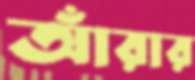
আঁরার